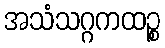
အသံသဂ္ဂကထဉ္စ